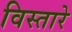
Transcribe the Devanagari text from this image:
विस्तारे